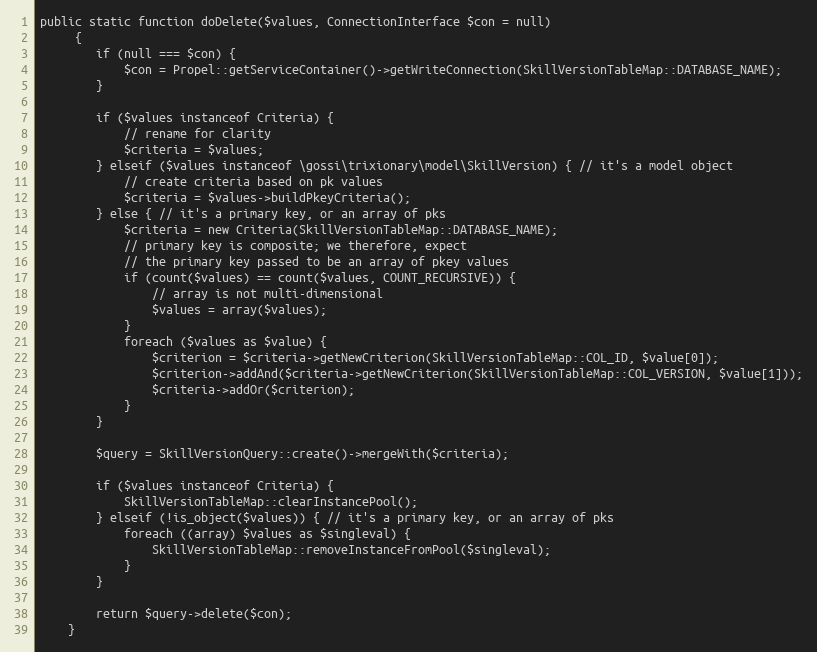
Language: PHP
public static function doDelete($values, ConnectionInterface $con = null)
     {
        if (null === $con) {
            $con = Propel::getServiceContainer()->getWriteConnection(SkillVersionTableMap::DATABASE_NAME);
        }

        if ($values instanceof Criteria) {
            // rename for clarity
            $criteria = $values;
        } elseif ($values instanceof \gossi\trixionary\model\SkillVersion) { // it's a model object
            // create criteria based on pk values
            $criteria = $values->buildPkeyCriteria();
        } else { // it's a primary key, or an array of pks
            $criteria = new Criteria(SkillVersionTableMap::DATABASE_NAME);
            // primary key is composite; we therefore, expect
            // the primary key passed to be an array of pkey values
            if (count($values) == count($values, COUNT_RECURSIVE)) {
                // array is not multi-dimensional
                $values = array($values);
            }
            foreach ($values as $value) {
                $criterion = $criteria->getNewCriterion(SkillVersionTableMap::COL_ID, $value[0]);
                $criterion->addAnd($criteria->getNewCriterion(SkillVersionTableMap::COL_VERSION, $value[1]));
                $criteria->addOr($criterion);
            }
        }

        $query = SkillVersionQuery::create()->mergeWith($criteria);

        if ($values instanceof Criteria) {
            SkillVersionTableMap::clearInstancePool();
        } elseif (!is_object($values)) { // it's a primary key, or an array of pks
            foreach ((array) $values as $singleval) {
                SkillVersionTableMap::removeInstanceFromPool($singleval);
            }
        }

        return $query->delete($con);
    }